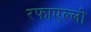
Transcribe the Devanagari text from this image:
रफाएल्लो